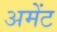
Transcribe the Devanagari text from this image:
अमेंट